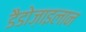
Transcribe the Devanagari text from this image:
डैडोज़ाइलान